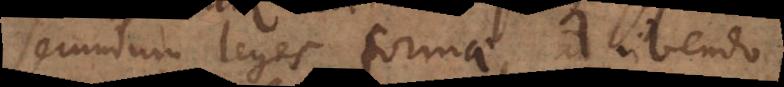
secundum leges formae, adhibendo